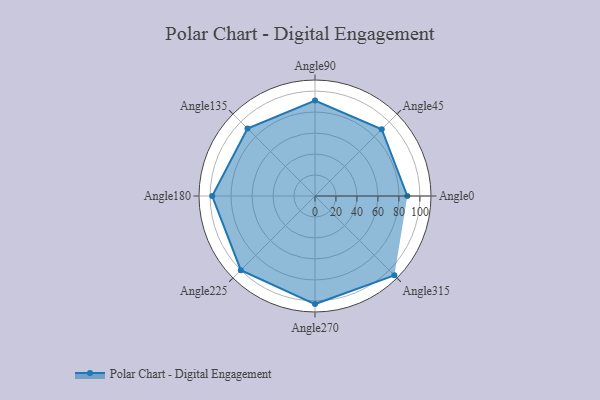
{"axis": {"x": "Angle", "y": "Radius"}, "legend": [""], "data": [{"x": "Angle0", "y": 88.0, "type": ""}, {"x": "Angle45", "y": 90.0, "type": ""}, {"x": "Angle90", "y": 91.0, "type": ""}, {"x": "Angle135", "y": 91.0, "type": ""}, {"x": "Angle180", "y": 98.0, "type": ""}, {"x": "Angle225", "y": 100.0, "type": ""}, {"x": "Angle270", "y": 103.0, "type": ""}, {"x": "Angle315", "y": 107.0, "type": ""}]}